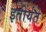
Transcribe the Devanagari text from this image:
इतीर्यते